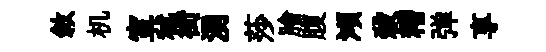
敘机室秫街湧莎膾腹澒殺糟弹享